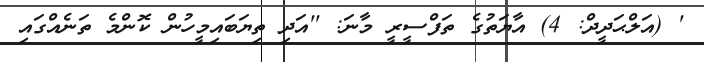
' (އަލްޙަދީދް: 4) އާޔަތުގެ ތަފްސީރީ މާނަ: ''އަދި ތިޔަބައިމީހުން ކޮންމެ ތަނެއްގައި